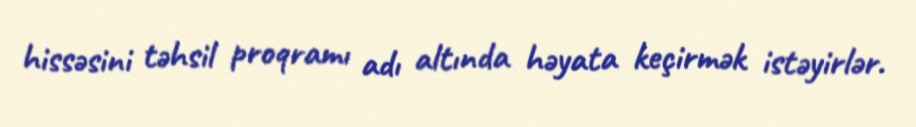
hissəsini təhsil proqramı adı altında həyata keçirmək istəyirlər.